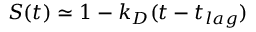
S ( t ) \simeq 1 - k _ { D } ( t - t _ { l a g } )